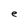
Character: e